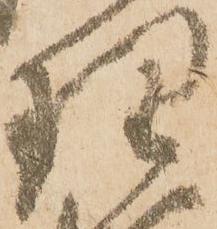
理